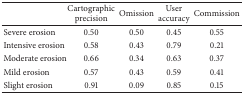
<table><thead><tr><td><b> </b></td><td><b>Cartographic precision</b></td><td><b>Omission </b></td><td><b>User accuracy</b></td><td><b>Commission</b></td></tr></thead><tbody><tr><td>Severe erosion</td><td>0.50 </td><td>0.50 </td><td>0.45 </td><td>0.55 </td></tr><tr><td>Intensive erosion</td><td>0.58 </td><td>0.43 </td><td>0.79 </td><td>0.21 </td></tr><tr><td>Moderate erosion</td><td>0.66 </td><td>0.34 </td><td>0.63 </td><td>0.37 </td></tr><tr><td>Mild erosion</td><td>0.57 </td><td>0.43 </td><td>0.59 </td><td>0.41 </td></tr><tr><td>Slight erosion</td><td>0.91 </td><td>0.09 </td><td>0.85 </td><td>0.15 </td></tr></tbody></table>